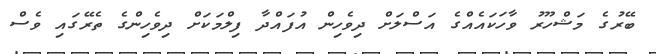
ބޭރުގެ މަޝްހޫރު ވާހަކައެއްގެ އަސްލަށް ދިވެހިން އުފައްދާ ފިލްމަކަށް ދިވެހިންގެ ތެރޭގައި ވެސް